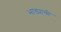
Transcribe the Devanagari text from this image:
भाड्याची